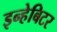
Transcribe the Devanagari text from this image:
इन्हेबिटर